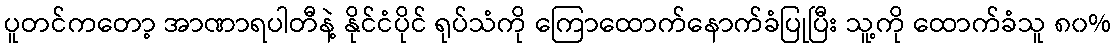
ပူတင်ကတော့ အာဏာရပါတီနဲ့ နိုင်ငံပိုင် ရုပ်သံကို ကြောထောက်နောက်ခံပြုပြီး သူ့ကို ထောက်ခံသူ ၈၀%